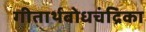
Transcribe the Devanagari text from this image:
गीतार्थबोधचंद्रिका